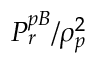
P _ { r } ^ { p B } / \rho _ { p } ^ { 2 }